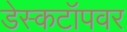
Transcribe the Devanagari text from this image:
डेस्कटॉपवर